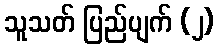
သူသတ် ပြည်ပျက် (၂)